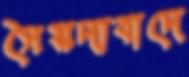
সৈয়দাবাদে